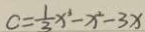
c = \frac { 1 } { 3 } x ^ { 3 } - x ^ { 2 } - 3 x